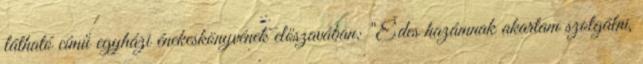
látható című egyházi énekeskönyvének előszavában: "Édes hazámnak akartam szolgálni,